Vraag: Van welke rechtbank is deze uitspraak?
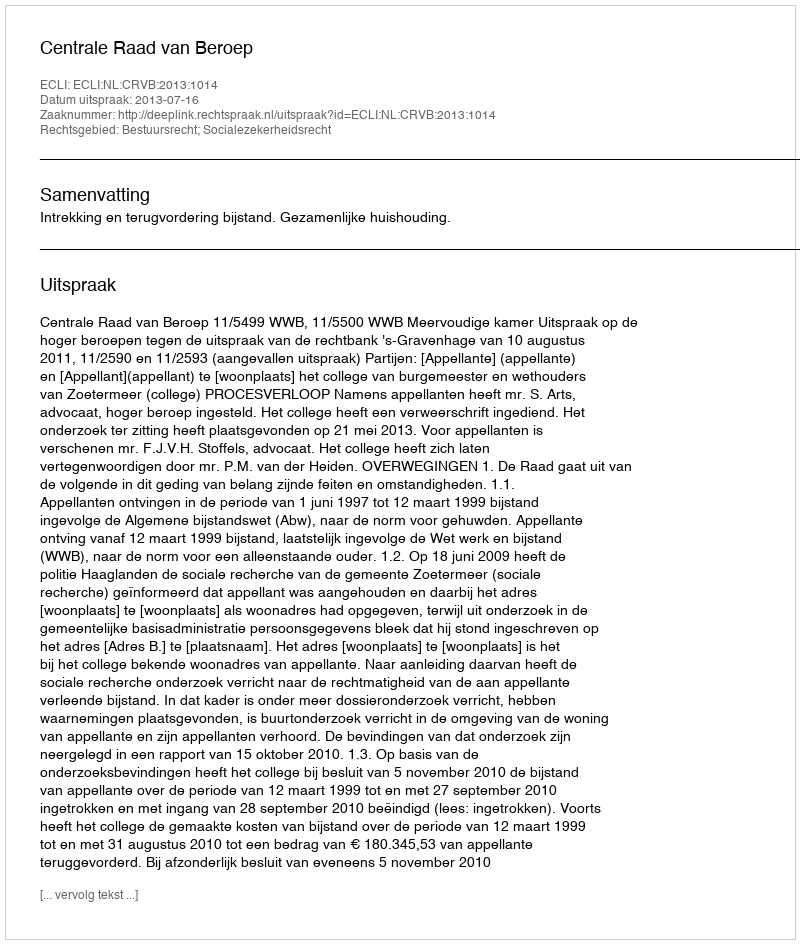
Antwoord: Centrale Raad van Beroep